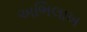
અભિલાખ